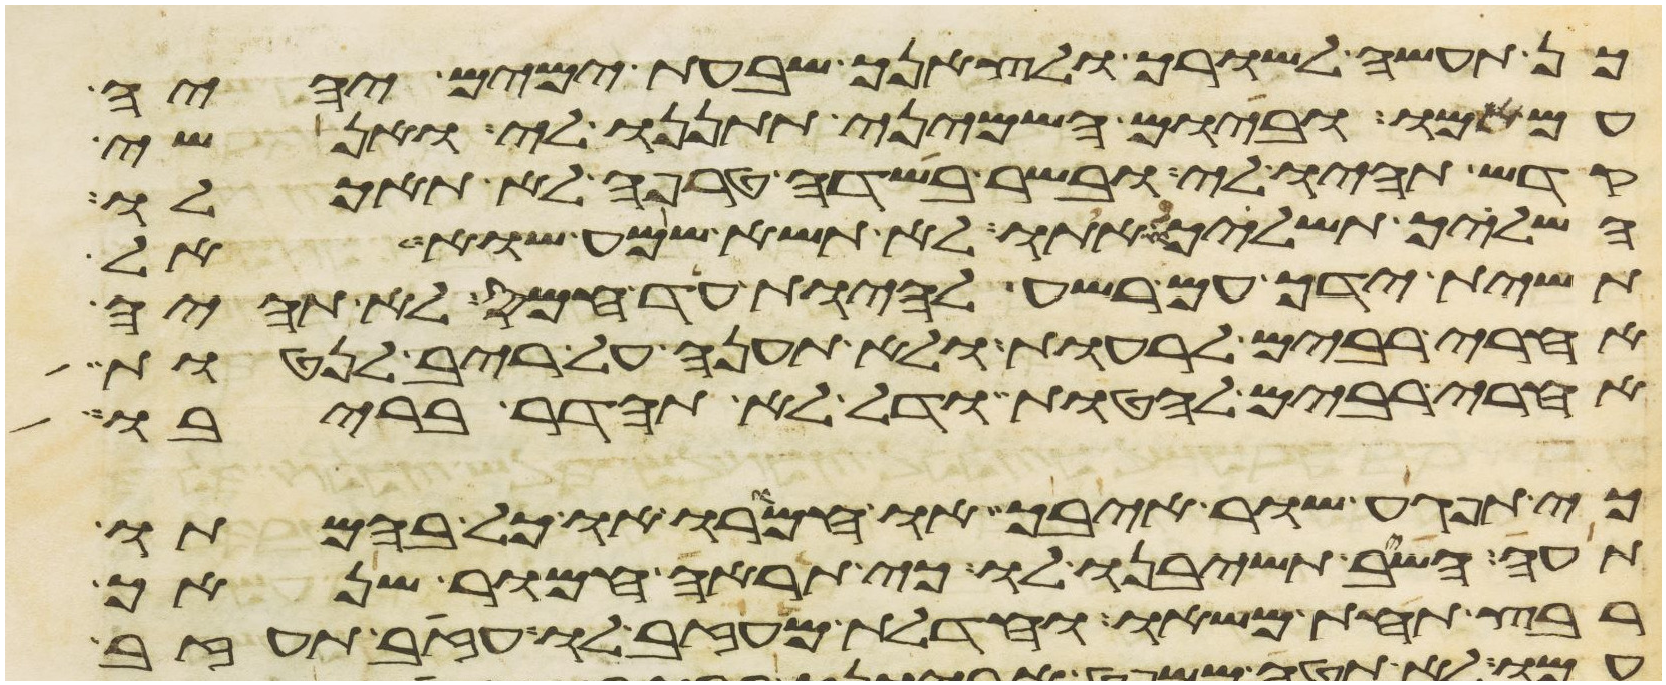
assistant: כן תעשה לשורך ולצאנך שבעת ימים יהיה
עם אמו וביום השמיני תתננו לי ואנשי
קדש תהיו לי ובשר בשדה טרפה לא תאכלו
השליך תשליכו אתו לא תשא שמע שוא אל
תשית ידך עם רשע להיות עד חמס לא תהיה
אחרי רבים לרעות ולא תענה על ריב לנטות
אחרי רבים להטות ודל לא תהדר בריבו
כי תפגע שור איבך או חמורו או כל בהמתו
תעה השב תשיבנו לו כי תראה חמור שנאך
רבץ תחת משאו וחדלת מעזב לו עזב תעזב